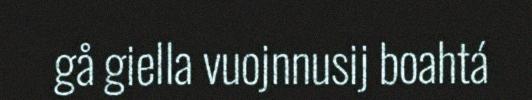
gå giella vuojnnusij boahtá